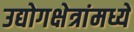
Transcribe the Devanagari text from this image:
उद्योगक्षेत्रांमध्ये